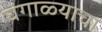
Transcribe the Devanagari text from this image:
घंगाळ्याचा